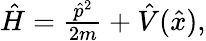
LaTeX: \begin{array}{r}{{\hat{H}}=\frac{{\hat{p}}^{2}}{2m}+{\hat{V}}({\hat{x}}),}\end{array}